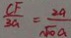
\frac { C F } { 3 a } = \frac { 2 a } { \sqrt { 0 } a }